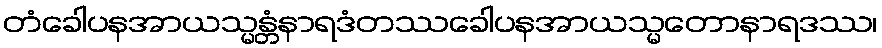
တံခေါပနအာယသ္မန္တံနာရဒံတဿခေါပနအာယသ္မတောနာရဒဿ၊